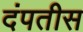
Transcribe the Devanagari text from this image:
दंपतीस